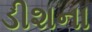
ડીશના